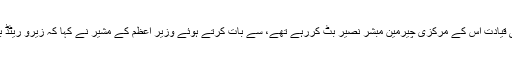
پاکستان ریڈی میڈ گارمنٹس مییوفیکچرر اینڈ ایکسپورٹر ایسوسی ایشن کے وفد،جس کی قیادت اس کے مرکزی چیرمین مبشر نصیر بٹ کررہے تھے، سے بات کرتے ہوئے وزیر اعظم کے مشیر نے کہا کہ زیرو ریٹڈ برآمدی صنعت کو سیلز ٹیکس میں سہولت فراہم کی جائے گی تا کہ وہ مقابلہ کرسکیں۔